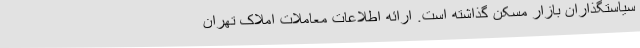
سیاستگذاران بازار مسکن گذاشته است. ارائه اطلاعات معاملات املاک تهران